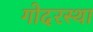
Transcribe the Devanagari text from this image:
गोदरस्था